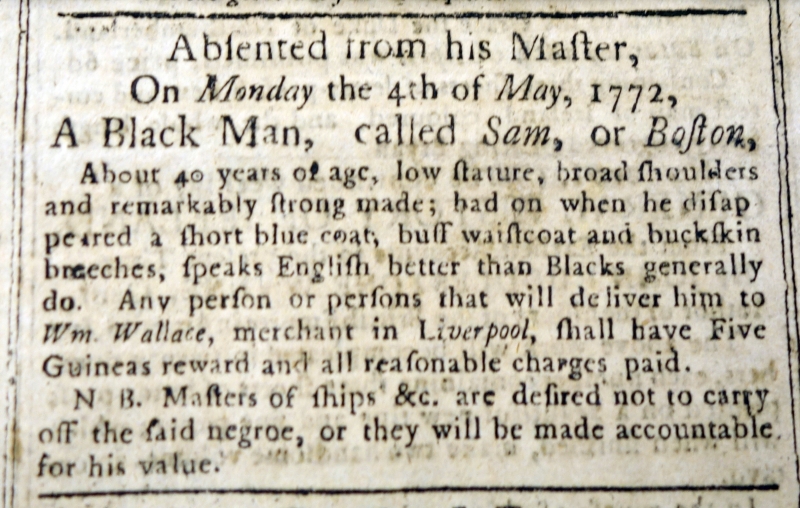
Liverpool General Advertiser, or the Commercial Register, 15 May 1772 (England)
Absented from his Master,On Monday the 4th of May, 1772,A Black Man, called Sam, or Boston,  About 40 years of age, low stature, broad shoulders and remarkably strong made; had on when he disappeared a short blue coat, buff waistcoat and buckskin breeches, speaks English better than Blacks generally do. Any person or persons that will deliver him to Wm. Wallace, merchant in Liverpool, shall have Five Guineas reward and all reasonable charges paid.   N.B. Masters of ships &c. are desired not to carry off the said negroe, or they will be made accountable for his value.